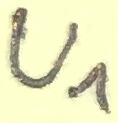
Text: U1